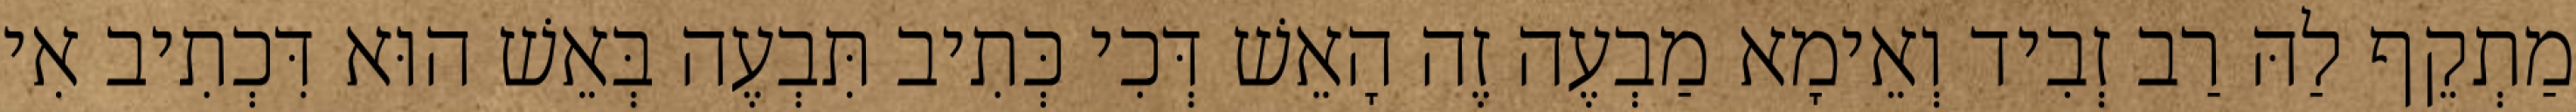
מַתְקֵף לַהּ רַב זְבִיד וְאֵימָא מַבְעֶה זֶה הָאֵשׁ דְּכִי כְּתִיב תִּבְעֶה בְּאֵשׁ הוּא דִּכְתִיב אִי